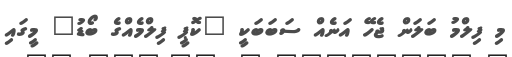
މި ފިލްމު ބަލަން ޖެހޭ އަނެއް ސަބަބަކީ "ކޮޕީ ފިލްމެއްގެ ބޯޑު" މީގައި